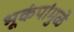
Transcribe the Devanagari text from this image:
भूकंपांमुळे